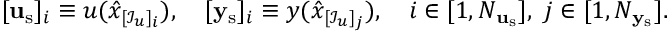
[ \mathbf { u } _ { \mathrm { s } } ] _ { i } \equiv u ( \hat { x } _ { [ \mathcal { I } _ { u } ] _ { i } } ) , \quad [ \mathbf { y } _ { \mathrm { s } } ] _ { i } \equiv y ( \hat { x } _ { [ \mathcal { I } _ { u } ] _ { j } } ) , \quad i \in [ 1 , N _ { \mathbf { u } _ { \mathrm { s } } } ] , \ j \in [ 1 , N _ { \mathbf { y } _ { \mathrm { s } } } ] .